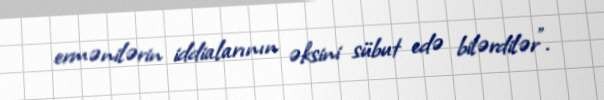
ermənilərin iddialarının əksini sübut edə bilərdilər".